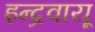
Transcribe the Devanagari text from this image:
इन्द्रवायू